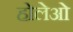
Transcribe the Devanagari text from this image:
होलेओ